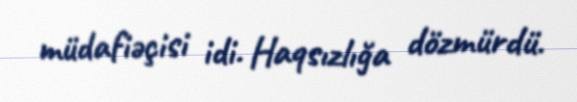
müdafiəçisi idi. Haqsızlığa dözmürdü.